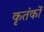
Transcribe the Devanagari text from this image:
कृतंकों